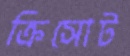
ক্রিসোট